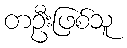
တဦးဖြစ်သူ